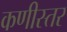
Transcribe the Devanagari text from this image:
कणीस्तर